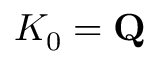
K _ { 0 } = \mathbf { Q }